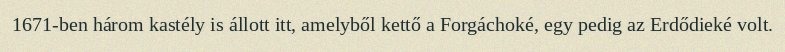
1671-ben három kastély is állott itt, amelyből kettő a Forgáchoké, egy pedig az Erdődieké volt.